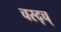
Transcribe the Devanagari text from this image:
चस्द्च्